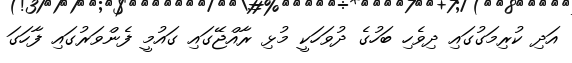
އަދި ކުރިމަގުގައި ދިވެހި ބަހުގެ ދުވަހަކީ މުޅި ރާއްޖޭގައި ގައުމީ ފެންވަރުގައި ފާހަގަ